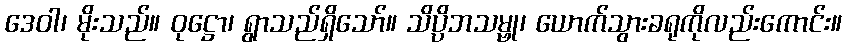
ဒေဝါ၊ မိုးသည်။ ဝုဋ္ဌော၊ ရွာသည်ရှိသော်။ သိပ္ပိဘသမ္ဗု၊ ယောက်သွားခရုကိုလည်းကောင်း။